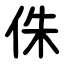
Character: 侏